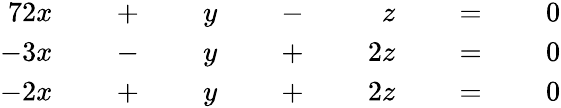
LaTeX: {\begin{array}{rlrlrlrlrlrlr}{{7}2x}&{}&{\; +\; }&{}&{y}&{}&{\; -\; }&{}&{z}&{}&{\; =\; }&{}&{0}\\ {-3x}&{}&{\; -\; }&{}&{y}&{}&{\; +\; }&{}&{2z}&{}&{\; =\; }&{}&{0}\\ {-2x}&{}&{\; +\; }&{}&{y}&{}&{\; +\; }&{}&{2z}&{}&{\; =\; }&{}&{0}\end{array}}